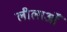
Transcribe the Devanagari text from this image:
लीलाओँ